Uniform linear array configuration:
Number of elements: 32
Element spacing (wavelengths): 0.75
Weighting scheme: binomial
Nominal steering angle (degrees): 0
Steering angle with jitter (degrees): -0.7229
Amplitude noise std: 0.05
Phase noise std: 0.05

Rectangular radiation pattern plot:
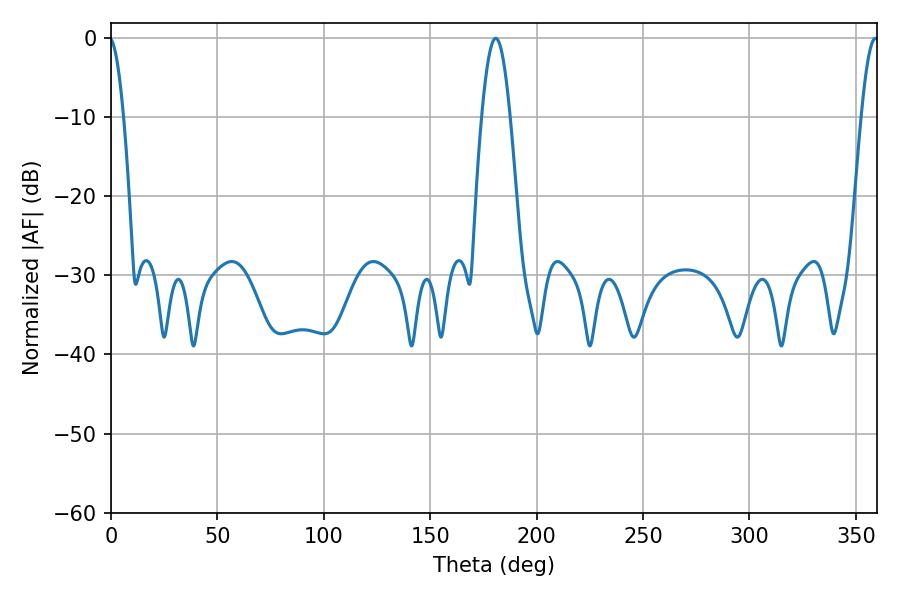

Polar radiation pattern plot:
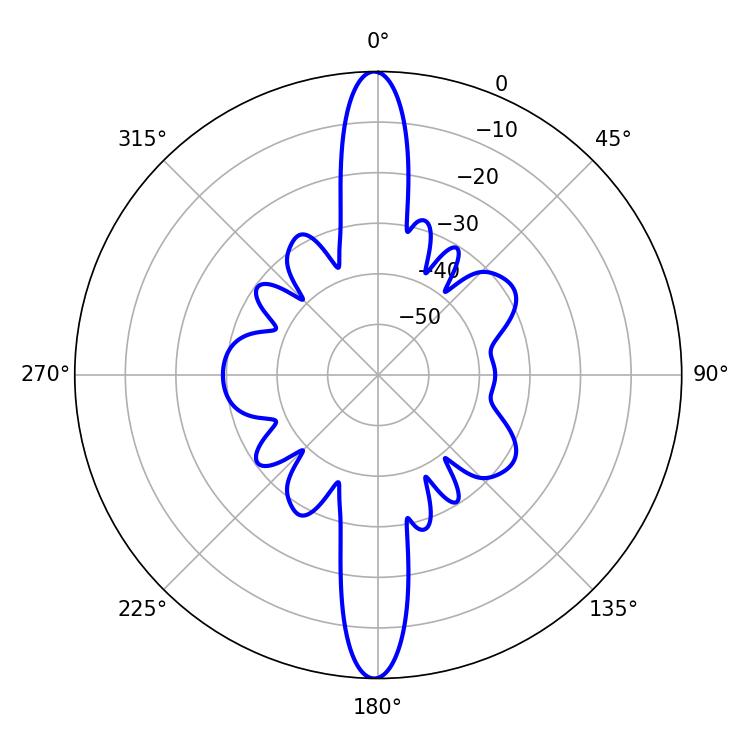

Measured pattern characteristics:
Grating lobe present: TRUE
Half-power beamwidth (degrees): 7.2
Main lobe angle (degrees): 180.72